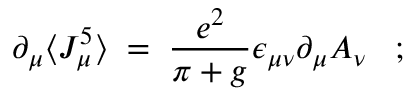
\partial _ { \mu } \langle J _ { \mu } ^ { 5 } \rangle \; = \; \frac { e ^ { 2 } } { \pi + g } \epsilon _ { \mu \nu } \partial _ { \mu } A _ { \nu } \; \; \; ;